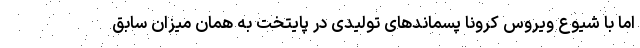
اما با شیوع ویروس کرونا پسماندهای تولیدی در پایتخت به همان میزان سابق